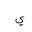
Letter: _ya